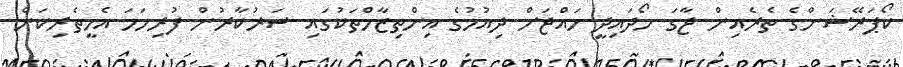
ކޯޕަރޭޝަންގެ ތެރެއިން ޖާގަ ހޯދައިދީ ހައްޖަށް ދިއުމުގެ އިންތިޒާމްތަކުގައި ސަރުކާރުން ފުރިހަމަ އެހީތެރިކަން